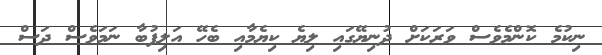
ނިކުމެ ކޮންމެވެސް ވަރަކަށް ދުނިޔޭގައި ލިޔެ ކިޔެމާއި ބެހޭ އަލިފުބާ ނަމަވެސް ދަސް